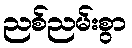
ညစ်ညမ်းစွာ